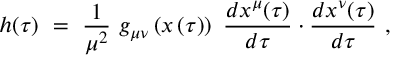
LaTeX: h ( \tau ) \ = \ \frac { 1 } { \mu ^ { 2 } } \ g _ { \mu \nu } \left( x \left( \tau \right) \right) \ \frac { d x ^ { \mu } ( \tau ) } { d \tau } \cdot \frac { d x ^ { \nu } ( \tau ) } { d \tau } \ ,